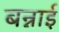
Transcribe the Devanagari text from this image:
बन्नाई